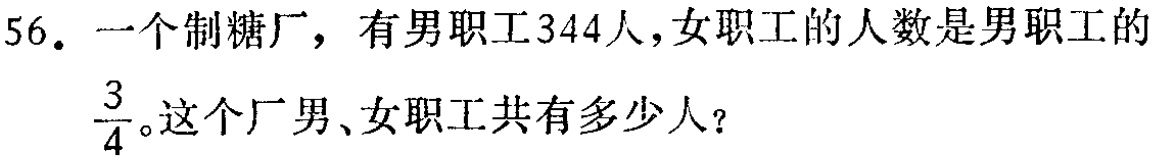
56. 一个制糖厂，有男职工344人，女职工的人数是男职工的$\frac{3}{4}$。这个厂男、女职工共有多少人？